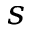
s